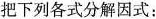
把下列各式分解因式：